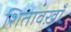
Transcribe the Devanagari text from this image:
शितावख़ाँ